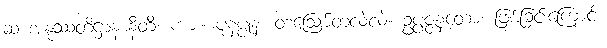
ဆ အနုဿတိဋ္ဌာနာနီတိ၊ ကား။ ပုနပ္ပုနံ၊ တဩော်တလဲလဲ။ ဥပ္ပဇ္ဇနတော၊ ဖြစ်ခြင်းကြောင့်။